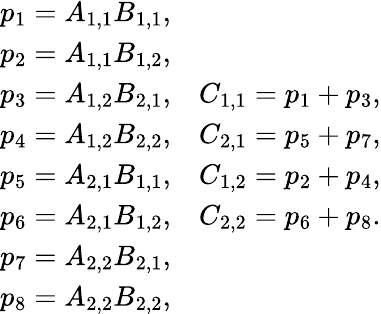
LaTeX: \begin{array}{r}{\begin{array}{cc}{\begin{array}{c}{p_{1}=A_{1,1}B_{1,1},}\\ {p_{2}=A_{1,1}B_{1,2},}\\ {p_{3}=A_{1,2}B_{2,1},}\\ {p_{4}=A_{1,2}B_{2,2},}\\ {p_{5}=A_{2,1}B_{1,1},}\\ {p_{6}=A_{2,1}B_{1,2},}\\ {p_{7}=A_{2,2}B_{2,1},}\\ {p_{8}=A_{2,2}B_{2,2},}\end{array}}&{\begin{array}{c}{C_{1,1}=p_{1}+p_{3},}\\ {C_{2,1}=p_{5}+p_{7},}\\ {C_{1,2}=p_{2}+p_{4},}\\ {C_{2,2}=p_{6}+p_{8}.}\end{array}}\end{array}}\end{array}